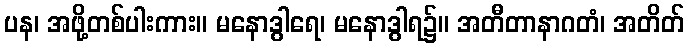
ပန၊ အဖို့တစ်ပါးကား။ မနောဒွါရေ၊ မနောဒွါရ၌။ အတီတာနာဂတံ၊ အတိတ်